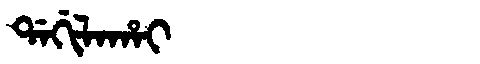
Manchu: ᡩᠠᡤᡳᠯᠠᡥᠠᡳ
Romanization: DAGILAHAI